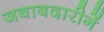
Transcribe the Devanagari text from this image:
जबाबदारीनें